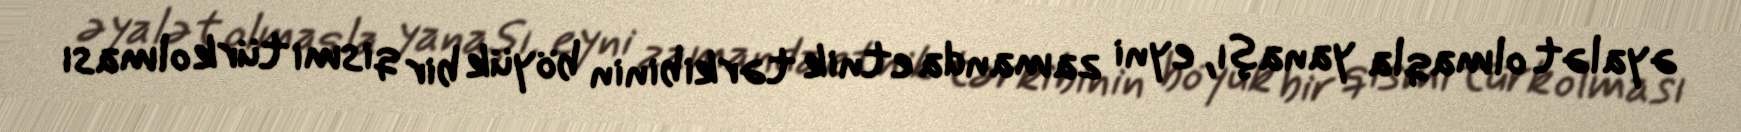
əyalət olmaqla yanaşı, eyni zamanda etnik tərkibinin böyük bir qismi türk olması